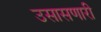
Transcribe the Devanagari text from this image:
उसासणारी